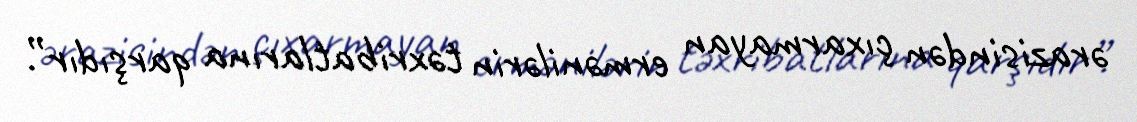
ərazisindən çıxarmayan ermənilərin təxribatlarına qarşıdır”.